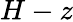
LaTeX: H-z